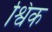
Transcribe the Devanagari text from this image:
श्विक